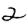
Digit: 2